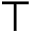
\intercal